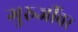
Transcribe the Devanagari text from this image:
गुरुजींवर